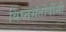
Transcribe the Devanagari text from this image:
विघ्नसंतोषींनी